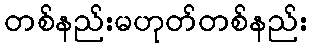
တစ်နည်းမဟုတ်တစ်နည်း